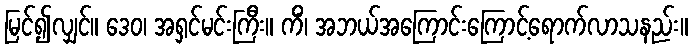
မြင်၍လျှင်။ ဒေဝ၊ အရှင်မင်းကြီး။ ကိံ၊ အဘယ်အကြောင်းကြောင့်ရောက်လာသနည်း။